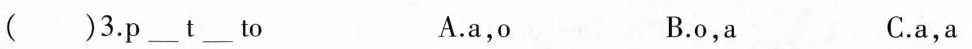
( )3.p ___ t ___ to A.a,o B.o,a C.a,a